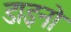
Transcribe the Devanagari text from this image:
डाइनो